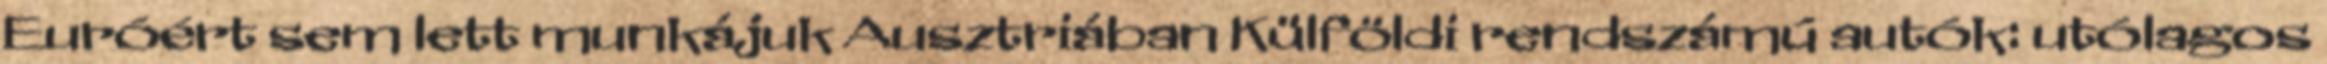
Euróért sem lett munkájuk Ausztriában Külföldi rendszámú autók: utólagos